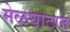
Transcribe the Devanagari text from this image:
मेळघाटात